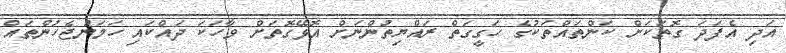
އަދި އެފަދަ ގޮތަކަށް ކަންތައްތަކުގެ ހަގީގަތް ރައްޔިތުންނަށް އޮޅޭގޮތަށް ވާހަކަ ދައްކައި ހަމަނުޖެހުންތައް